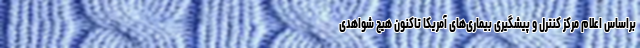
براساس اعلام مرکز کنترل و پیشگیری بیماری‌های آمریکا تاکنون هیچ شواهدی